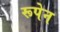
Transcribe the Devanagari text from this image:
रूपेन